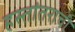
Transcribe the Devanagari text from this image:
हस्तांतराची